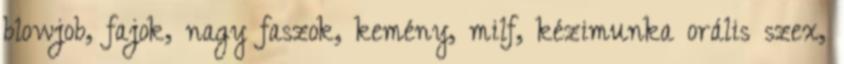
blowjob, fajok, nagy faszok, kemény, milf, kézimunka orális szex,